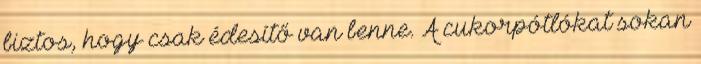
biztos, hogy csak édesítő van benne. A cukorpótlókat sokan